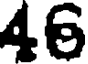
46